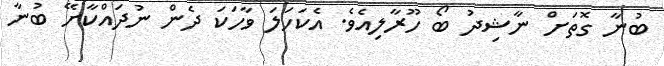
ބުނާ ގޮތަށް ނާޝިދު ބޯ ހޫރާލިއެވެ. އެކަހަލަ ވާހަކަ ދެން ނުދައްކާށޭ ބުނާ